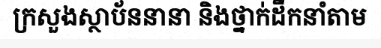
ក្រសួងស្ថាប័ននានា និងថ្នាក់ដឹកនាំតាម